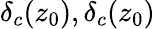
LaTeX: \delta_{c}(z_{0}),\delta_{c}(z_{0})